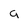
Character: 9